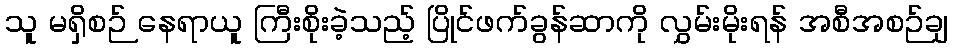
သူ မရှိစဉ် နေရာယူ ကြီးစိုးခဲ့သည့် ပြိုင်ဖက်ခွန်ဆာကို လွှမ်းမိုးရန် အစီအစဉ်ချ